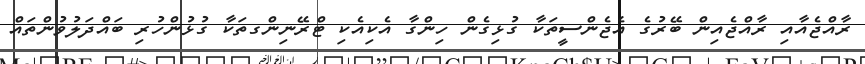
ރާއްޖެއާއި ރާއްޖެއިން ބޭރުގެ އެޖެންސީތަކާ ގުޅިގެން ހިންގާ އެކިއެކި ޓްރޭނިންގތަކާ ގުޅުންހުރި ބައްދަލުވުންތައް